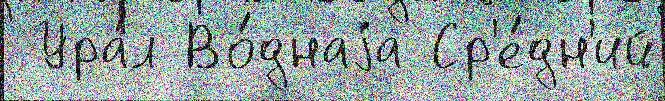
 Ура́л Во́днаjа Ср'е́дн'ий